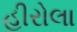
હીરોલા